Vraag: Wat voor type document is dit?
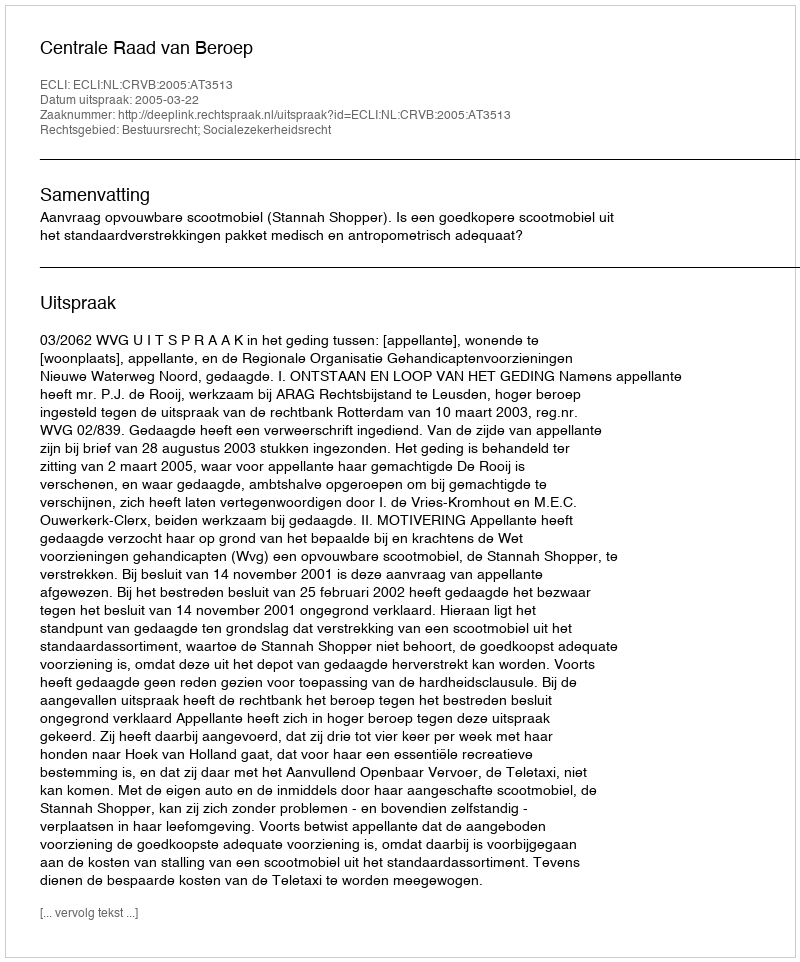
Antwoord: Uitspraak